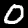
Digit: 0